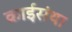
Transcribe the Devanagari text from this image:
क्राईसंथा